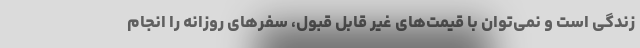
زندگی است و نمی‌توان با قیمت‌های غیر قابل قبول، سفرهای روزانه را انجام